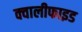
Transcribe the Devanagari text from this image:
क्वालीफाइड